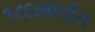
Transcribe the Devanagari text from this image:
१८६७पर्यंत